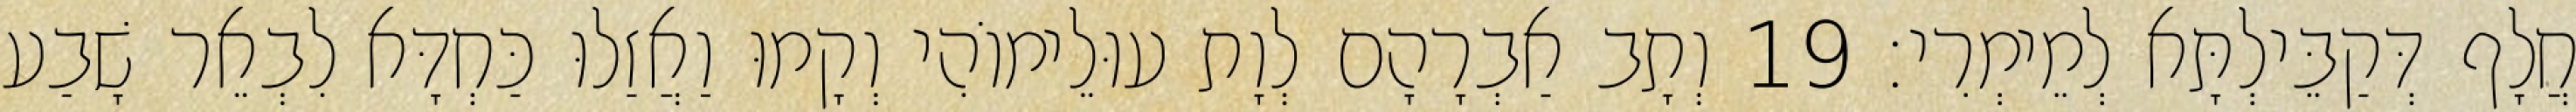
חֲלָף דְּקַבֵּילְתָּא לְמֵימְרִי׃ 19 וְתָב אַבְרָהָם לְוָת עוּלֵימוֹהִי וְקָמוּ וַאֲזַלוּ כַּחְדָּא לִבְאֵר שָׁבַע